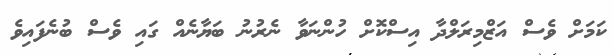
ކަމަށް ވެސް އަޒްމިރަލްދާ އިސްކޮށް ހުންނަވާ ނެރުނު ބަޔާނެއް ގައި ވެސް ބުނެފައިވެ